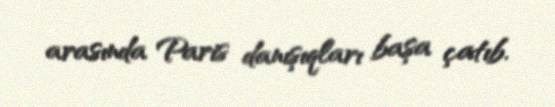
arasında Paris danışıqları başa çatıb.